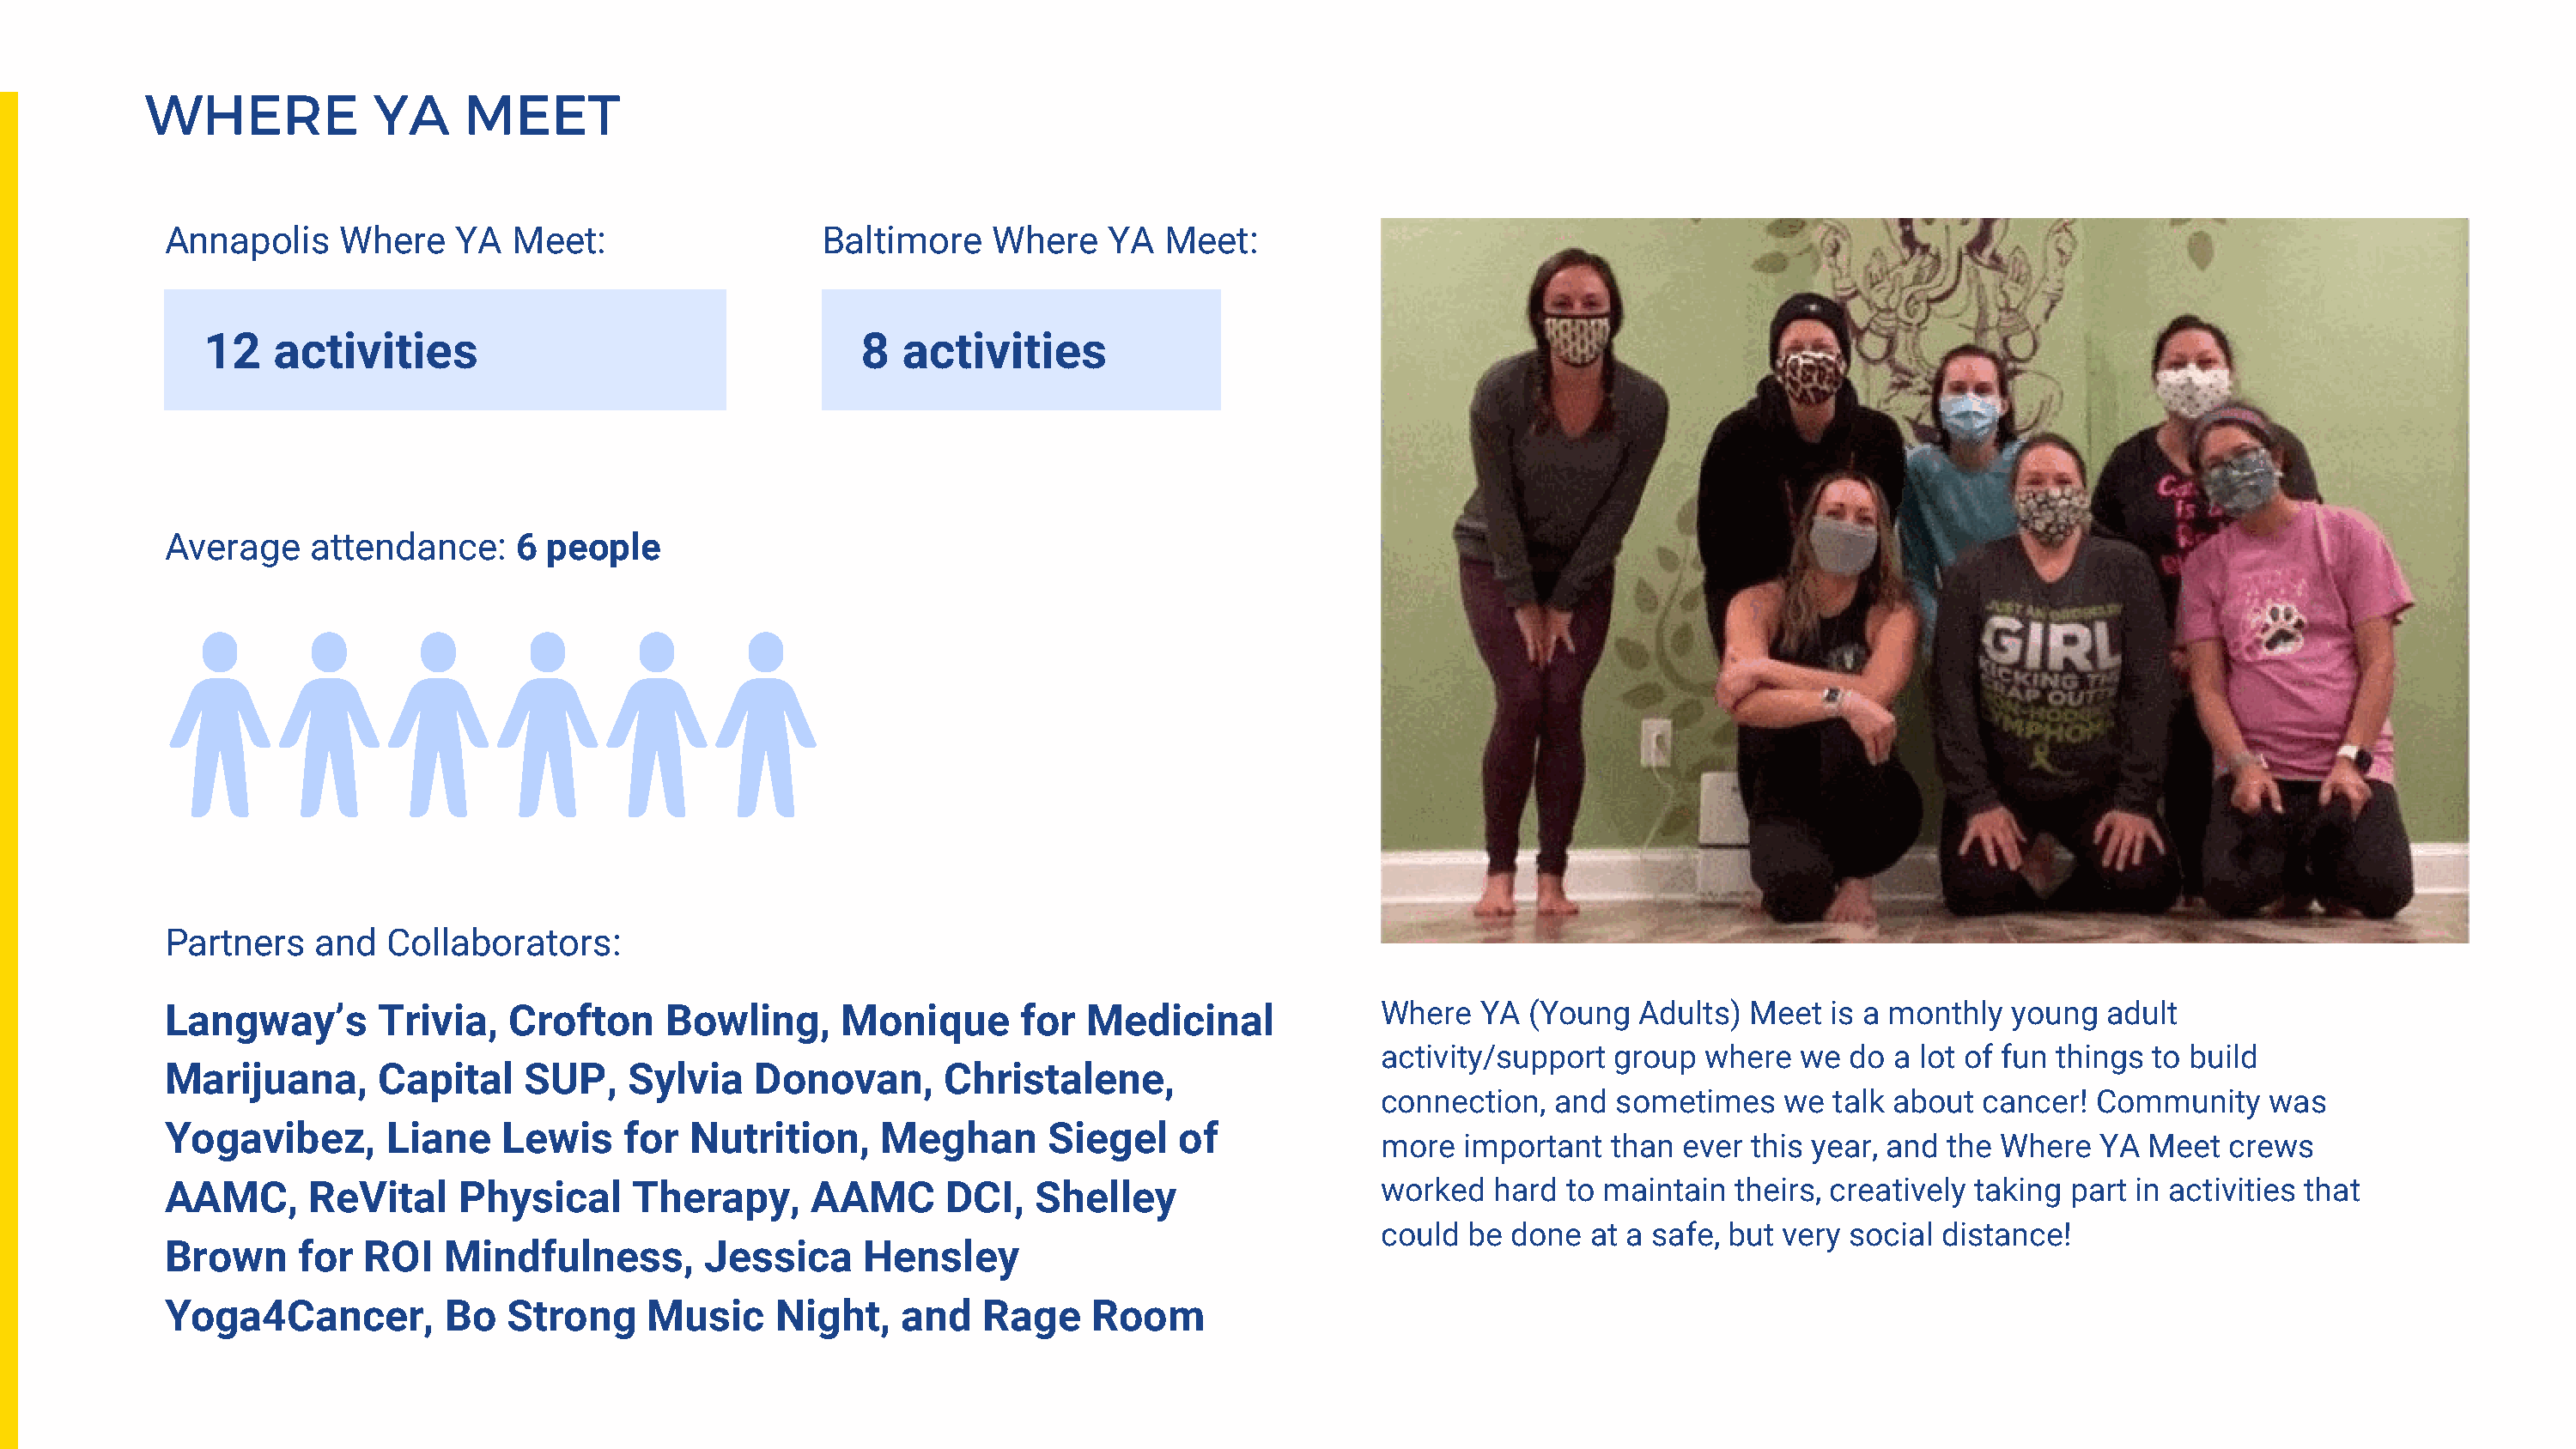
WHERE             YA     MEET
 Annapolis    Where    YA   Meet:                  Baltimore     Where   YA   Meet:
 12   activities                                   8   activities
 Average    attendance:     6 people
 Partners   and   Collaborators:
 Langway’s       Trivia,   Crofton     Bowling,      Monique       for  Medicinal             Where   YA  (Young  Adults)  Meet  is a monthly  young  adult
 activity/support  group  where   we  do a lot of fun things to build
 Marijuana,      Capital    SUP,    Sylvia    Donovan,       Christalene,
 connection,   and  sometimes    we talk about  cancer!  Community    was
 Yogavibez,       Liane    Lewis    for  Nutrition,     Meghan       Siegel    of
 more   important  than  ever this year, and the Where   YA  Meet  crews
 AAMC,      ReVital    Physical      Therapy,      AAMC      DCI,   Shelley                   worked   hard  to maintain  theirs, creatively taking part in activities that
 could  be done   at a safe, but very social distance!
 Brown     for  ROI   Mindfulness,        Jessica      Hensley
 Yoga4Cancer,         Bo   Strong     Music     Night,    and   Rage    Room